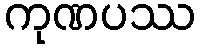
ကုဏပဿ